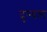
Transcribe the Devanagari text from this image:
दुम्बल